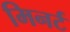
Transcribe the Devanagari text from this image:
मिनर्ट